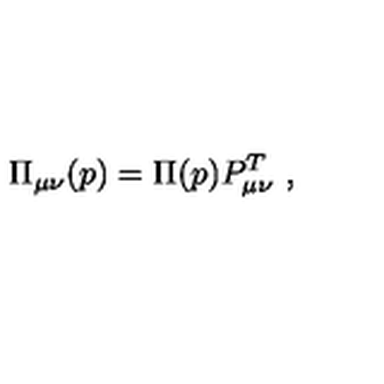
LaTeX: \Pi _ { \mu \nu } ( p ) = \Pi ( p ) P _ { \mu \nu } ^ { T } \ ,